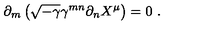
\partial _ { m } \left( \sqrt { - \gamma } \gamma ^ { m n } \partial _ { n } X ^ { \mu } \right) = 0 \ .